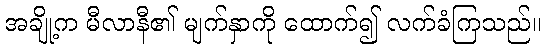
အချို့က မီလာနီ၏ မျက်နှာကို ထောက်၍ လက်ခံကြသည်။